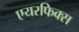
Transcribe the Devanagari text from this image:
एयरफिक्स